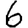
Digit: 6